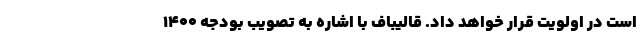
است در اولویت قرار خواهد داد. قالیباف با اشاره به تصویب بودجه ۱۴۰۰